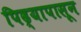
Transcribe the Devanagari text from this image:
पिढ्यापासून